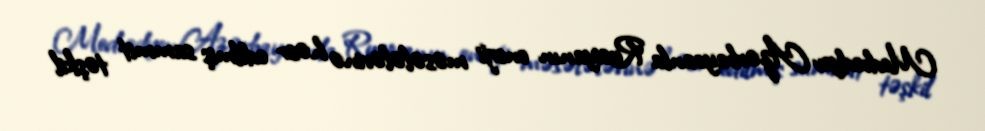
Medvedyev Azərbaycanla Rusiyanın enerji məsələlərinə həsr edilmiş sammit təşkil